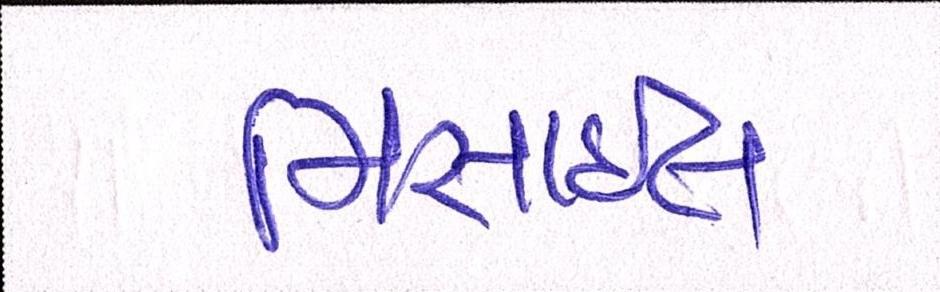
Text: મિસાઇલ